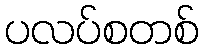
ပလပ်စတစ်